Indian Civil Veterinary Department memoirs
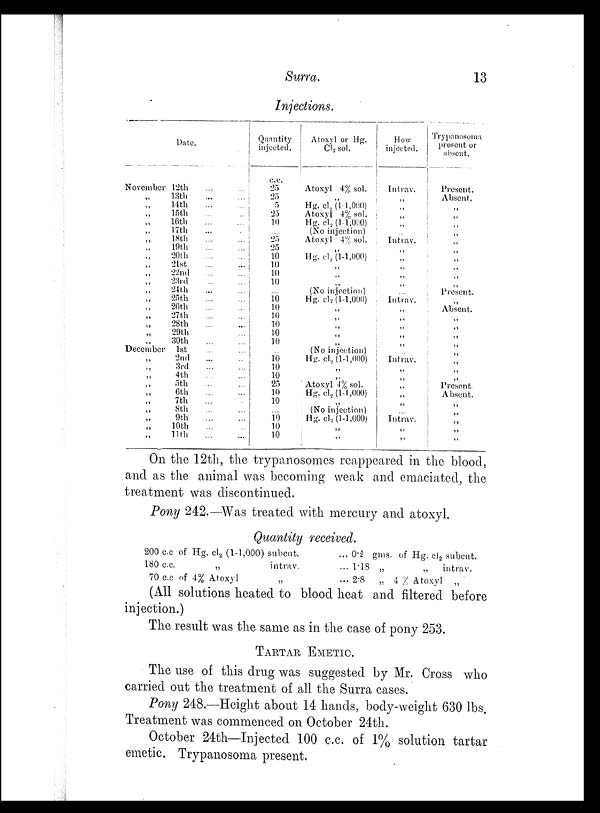
Surra.
13
Injections.
Date.
November 12th ... ...
„ 13th
...
...
„ 14th
...
...
„ 15th
...
..
„ 16th
...
...
„ 17th ... ...
„ 18th
...
...
„ 19th
...
...
„ 20th
...
...
„ 21st
...
...
„ 22nd ... ...
„ 23rd
...
...
„ 24th
...
...
„ 25th
...
...
„ 26th
...
...
„ 27th
...
...
„ 28th
...
...
„ 29th ...
„ 30th
...
...
December 1st ... ...
„ 2nd
...
...
„ 3rd
...
...
„ 4th
...
...
„ 5th ... ...
„ 6th
...
...
„ 7th ... ...
„ 8th
...
...
„ 9th
...
...
„ 10th ... ...
„ 11th
...
...
Quantity
injected.
c.c.
25
25
5
25
10
...
25
25
10
10
10
10
...
10
10
10
10
10
10
..
10
10
10
25
10
10
...
10
10
10
Atoxyl or Hg.
Cl 2 sol.
Atoxyl 4% sol.
„
Hg. cl 2 (1-1,000)
Atoxyl 4% sol.
Hg. cl 2 (1-1,000)
(No injection)
Atoxyl 4% sol.
„
Hg. cl 2 (1-1,000)
„
„
„
(No injection)
Hg. cl 2 (1-1,000)
„
„
„
„
„
(No injection)
Hg. cl 2 (1-1,000)
„
„
Atoxyl 4% sol.
Hg. cl 2 (1-1,000)
„
(No injection)
Hg. cl 2 (1-1,000)
„
„
How
injected.
Intrav.
„
„
„
„
..
Intrav.
„
„
„
„
„
...
Intrav.
„
„
„
„
„
..
Intrav.
„
„
„
„
„
...
Intrav.
„
„
Trypanosoma
present or
absent.
Present.
Absent.
„
„
„
„
„
„
„
„
„
„
Present.
„
Absent.
„
„
„
„
„
„
„
„
Present.
Absent.
„
„
„
„
„
On the 12th, the trypanosomes reappeared in the blood,
and as the animal was becoming weak and emaciated, the
treatment was discontinued.
Pony 242.—Was treated with mercury and atoxyl.
Quantity received.
200 c.c of Hg. cl 2 (1-1,000) subcut.
180 c.c.
„
intrav.
70 c.c. of 4% Atoxyl „
... 0.2 gms. of Hg. cl 2 subcut.
... 1.18 „
„
intrav.
... 2.8
„ 4 % Atoxyl „
(All solutions heated to blood heat and filtered before
injection.)
The result was the same as in the case of pony 253.
TARTAR EMETIC.
The use of this drug was suggested by Mr. Cross who
carried out the treatment of all the Surra cases.
Pony 248.—Height about 14 hands, body-weight 630 lbs.
Treatment was commenced on October 24th.
October 24th—Injected 100 c.c. of 1% solution tartar
emetic. Trypanosoma present.